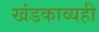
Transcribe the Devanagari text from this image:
खंडकाव्यही